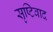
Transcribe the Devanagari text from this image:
सृष्टिवाद